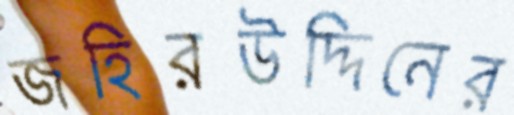
জহিরউদ্দিনের